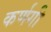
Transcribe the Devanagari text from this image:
कर्णगी